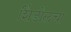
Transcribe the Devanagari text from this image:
शिंडोलचा